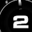
Digit: 2